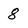
Character: 8